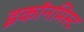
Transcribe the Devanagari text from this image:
इकॉनमिस्ट